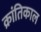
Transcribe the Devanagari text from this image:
क्रांतिकाल